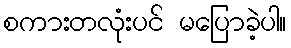
စကားတလုံးပင် မပြောခဲ့ပါ။